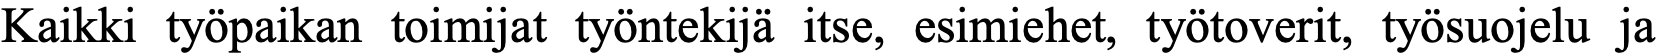
Kaikki työpaikan toimijat työntekijä itse, esimiehet, työtoverit, työsuojelu ja